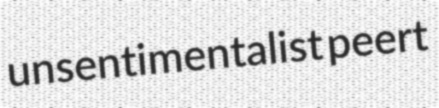
unsentimentalist peert